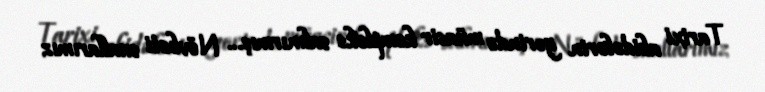
Tarixi abidələrin yerində müasir kompleks salınırmış... Növbəti suallarımız